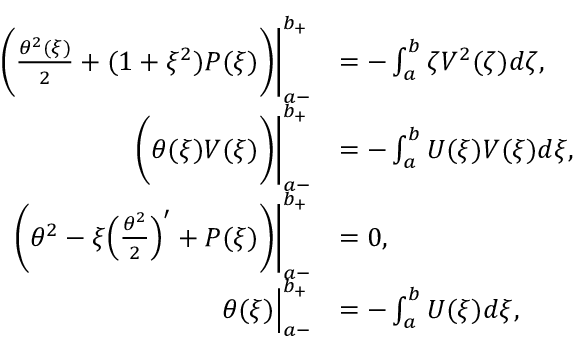
\begin{array} { r l } { \bigg ( \frac { \theta ^ { 2 } ( \xi ) } { 2 } + ( 1 + \xi ^ { 2 } ) P ( \xi ) \bigg ) \Bigg | _ { a - } ^ { b _ { + } } } & { = - \int _ { a } ^ { b } \zeta V ^ { 2 } ( \zeta ) d \zeta , } \\ { \bigg ( \theta ( \xi ) V ( \xi ) \bigg ) \Bigg | _ { a - } ^ { b _ { + } } } & { = - \int _ { a } ^ { b } U ( \xi ) V ( \xi ) d \xi , \ } \\ { \bigg ( \theta ^ { 2 } - \xi \Big ( \frac { \theta ^ { 2 } } { 2 } \Big ) ^ { \prime } + P ( \xi ) \bigg ) \Bigg | _ { a - } ^ { b _ { + } } } & { = 0 , } \\ { \theta ( \xi ) \Big | _ { a - } ^ { b _ { + } } } & { = - \int _ { a } ^ { b } U ( \xi ) d \xi , } \end{array}